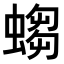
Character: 𧎷